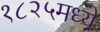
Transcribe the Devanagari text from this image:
१८२५मध्ये